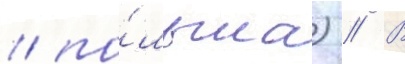
/ по́льша) // В